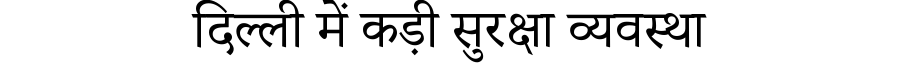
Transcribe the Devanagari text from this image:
दिल्ली में कड़ी सुरक्षा व्यवस्था